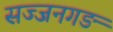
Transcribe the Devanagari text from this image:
सज्जनगङ